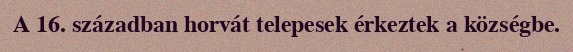
A 16. században horvát telepesek érkeztek a községbe.